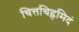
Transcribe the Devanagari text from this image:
चित्तचिह्नमिदं